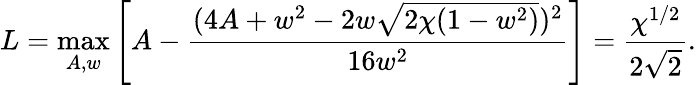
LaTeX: L=\operatorname*{max}_{A,w}\left[A-\frac{(4A+w^{2}-2w\sqrt{2\chi(1-w^{2})})^{2}}{16w^{2}}\right]=\frac{\chi^{1/2}}{2\sqrt{2}}.